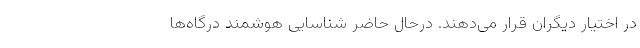
در اختیار دیگران قرار می‌دهند. درحال حاضر شناسایی هوشمند درگاه‌ها